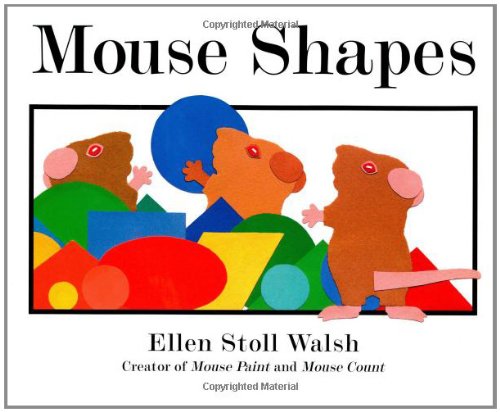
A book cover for Mouse Shapes; Ellen Stoll Walsh; Children's Books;